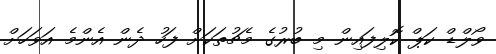
ވޯލްޑް ކަޕް ކޮލިފައިން މި ބުރުގެ މެޗުތަކަށް ފަހު ދެން އެންމެ އަވަހަށް